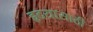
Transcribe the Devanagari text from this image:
हृदयासाठी